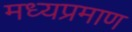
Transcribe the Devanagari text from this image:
मध्यप्रमाण